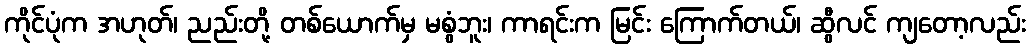
ကိုင်ပုံက အဟုတ်၊ ညည်းတို့ တစ်ယောက်မှ မစွံဘူး၊ ကာရင်းက မြင်း ကြောက်တယ်၊ ဆွီလင် ကျတော့လည်း